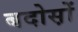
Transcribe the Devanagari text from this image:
बदोस़ों